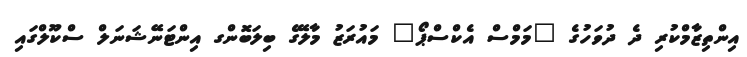
އިންތިޒާމްކުރި ދެ ދުވަހުގެ "މަމްސް އެކްސްޕޯ" މައުރަޒު މާލޭގެ ބިލަބޮންގ އިންޓަނޭޝަނަލް ސްކޫލްގައި